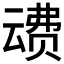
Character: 𰷦